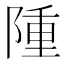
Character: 隀